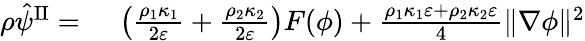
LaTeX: \begin{array}{rl}{\rho\hat{\psi}^{\mathrm{II}}=}&{{}~\left(\frac{\rho_{1}\kappa_{1}}{2\varepsilon}+\frac{\rho_{2}\kappa_{2}}{2\varepsilon}\right)F(\phi)+\frac{\rho_{1}\kappa_{1}\varepsilon+\rho_{2}\kappa_{2}\varepsilon}{4}\| \nabla\phi\| ^{2}}\end{array}